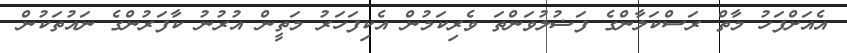
އެއަށްފަހު މާތް ރަސްކަލާންގެ ފަޟުލުވަންތަ ވެރިކަމުން އެކިފަހަރު މަތީން އުރުނު ކާފަރުންގެ ނައުތަކުން